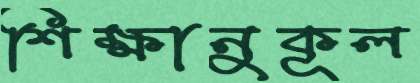
শিক্ষানুকূল